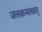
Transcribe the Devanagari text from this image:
जलकमलवत्